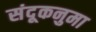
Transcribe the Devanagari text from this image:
संदूकनुमा